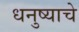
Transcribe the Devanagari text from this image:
धनुष्याचे